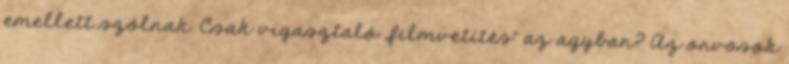
emellett szólnak. Csak vigasztaló „filmvetítés” az agyban? Az orvosok